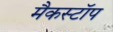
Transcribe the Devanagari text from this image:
मैकस्टॉप